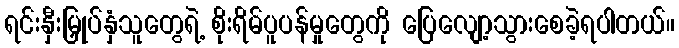
ရင်းနှီးမြှုပ်နှံသူတွေရဲ့ စိုးရိမ်ပူပန်မှုတွေကို ပြေလျော့သွားစေခဲ့ရပါတယ်။